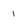
Character: 1